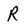
Character: R